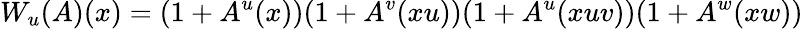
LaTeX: W_{u}(A)(x)=(1+A^{u}(x))(1+A^{v}(xu))(1+A^{u}(xuv))(1+A^{w}(xw))